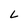
Character: L